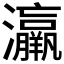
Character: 𤅀